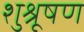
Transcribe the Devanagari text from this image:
शुश्रूषण